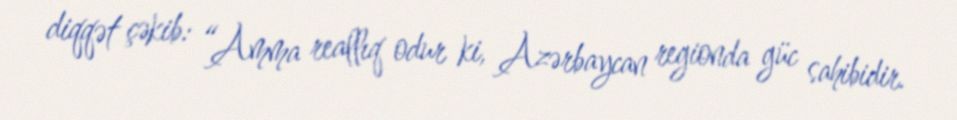
diqqət çəkib: “Amma reallıq odur ki, Azərbaycan regionda güc sahibidir.